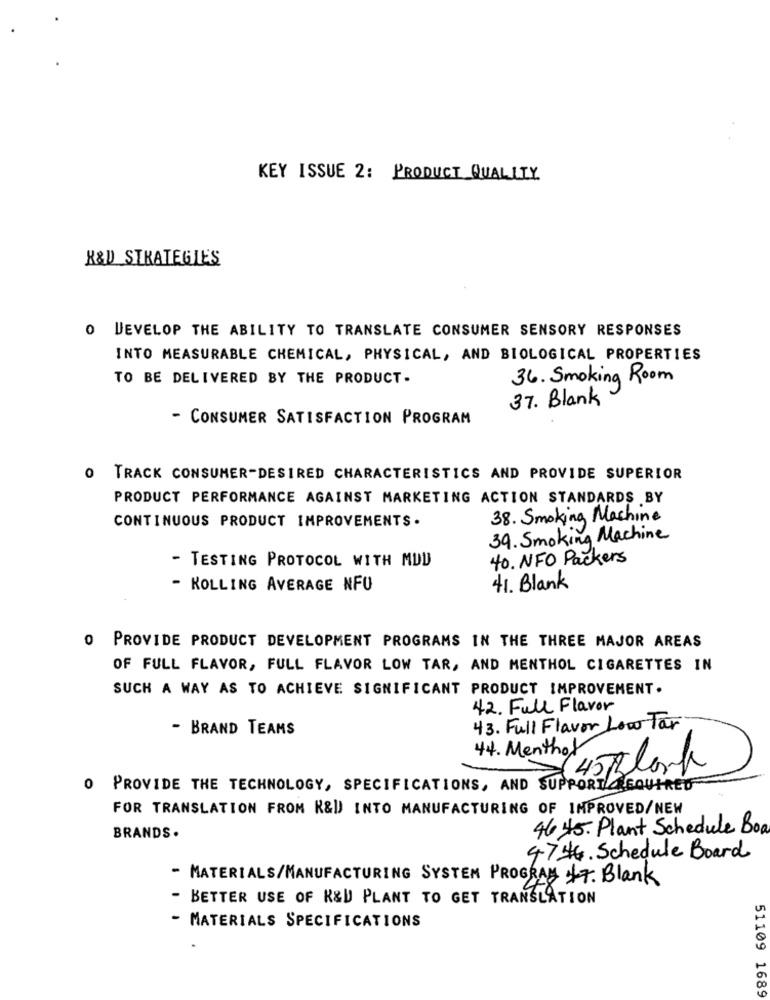
KEY ISSUE 2: PRODUCT QUALITY
R&D STRATEGIES
O DEVELOP THE ABILITY TO TRANSLATE CONSUMER SENSORY RESPONSES
INTO MEASURABLE CHEMICAL, PHYSICAL, AND BIOLOGICAL PROPERTIES
TO BE DELIVERED BY THE PRODUCT.
36. Smoking Room
37. Blank
- CONSUMER SATISFACTION PROGRAM
O TRACK CONSUMER-DESIRED CHARACTERISTICS AND PROVIDE SUPERIOR
PRODUCT PERFORMANCE AGAINST MARKETING ACTION STANDARDS BY
CONTINUOUS PRODUCT IMPROVEMENTS .
38. Smoking Machine
39. Smoking Machine
- TESTING PROTOCOL WITH MUD
40. NFO Packers
- KOLLING AVERAGE NFU
41. Blank
O PROVIDE PRODUCT DEVELOPMENT PROGRAMS IN THE THREE MAJOR AREAS
OF FULL FLAVOR, FULL FLAVOR LOW TAR, AND MENTHOL CIGARETTES IN
SUCH A WAY AS TO ACHIEVE SIGNIFICANT PRODUCT IMPROVEMENT.
42. Full Flavor
- BRAND TEAMS
43. Full Flavor Low Tar
44. Menthol
(45 Black
0 PROVIDE THE TECHNOLOGY, SPECIFICATIONS, AND SUPPORT GOUTRED
FOR TRANSLATION FROM R&UJ INTO MANUFACTURING OF IMPROVED/NEW
46 45. Plant Schedule Boa
BRANDS .
4746. Schedule Board
- MATERIALS/MANUFACTURING SYSTEM PROGRAM AT. Blank
- BETTER USE OF K&D PLANT TO GET TRANSLATION
- MATERIALS SPECIFICATIONS
51109 1689